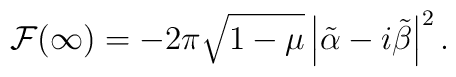
{\cal F}(\infty) = -2 \pi \sqrt{1-\mu}\left \vert \tilde \alpha - i \tilde \beta \right \vert^2.